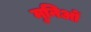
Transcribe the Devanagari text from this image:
मुनिओं